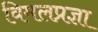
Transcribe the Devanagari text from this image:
विमलप्रज्ञा